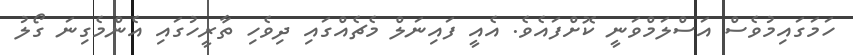
ހަމަގައިމުވެސް އަސްލަމްވަނީ ކޮށްފައެވެ. އެއީ ފައިނަލް މެޗެއްގައި ދިވެހި ތާރީހުގައި އެންމެގިނަ ގޯލު